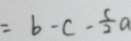
= b - c - \frac { 5 } { 2 } a